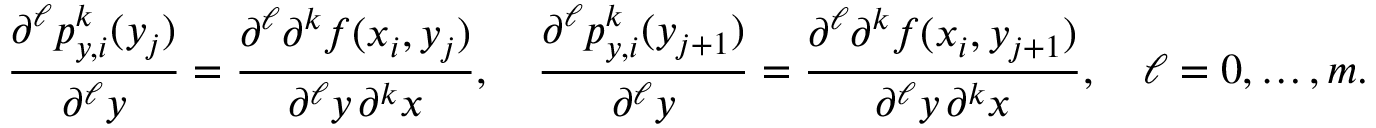
\frac { \partial ^ { \ell } p _ { y , i } ^ { k } ( y _ { j } ) } { \partial ^ { \ell } y } = \frac { \partial ^ { \ell } \partial ^ { k } f ( x _ { i } , y _ { j } ) } { \partial ^ { \ell } y \, \partial ^ { k } x } , \quad \frac { \partial ^ { \ell } p _ { y , i } ^ { k } ( y _ { j + 1 } ) } { \partial ^ { \ell } y } = \frac { \partial ^ { \ell } \partial ^ { k } f ( x _ { i } , y _ { j + 1 } ) } { \partial ^ { \ell } y \, \partial ^ { k } x } , \quad \ell = 0 , \dots , m .